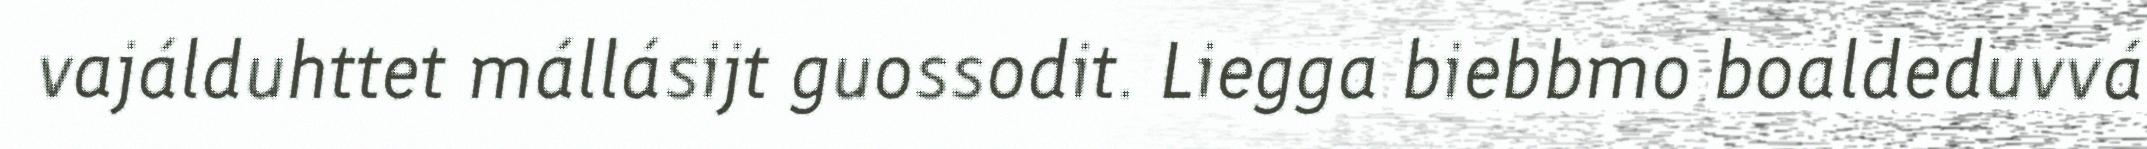
vajálduhttet mállásijt guossodit. Liegga biebbmo boaldeduvvá